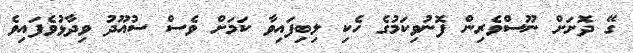
ގޭ ދޮށަށް ނޫސްވެރިން ފޮނުވިކަމުގެ ހެކި ލިބިފައިވާ ކަމަށް ވެސް ސުއޫދު ވިދާޅުވެފައިވެ